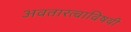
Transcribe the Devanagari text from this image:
अवतारत्वाविषयी